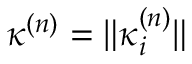
\kappa ^ { ( n ) } = \| \kappa _ { i } ^ { ( n ) } \|